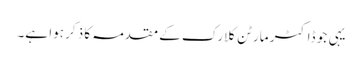
یہی جو ڈاکٹر مارٹن کلارک کے مقدمہ کا ذکر ہوا ہے۔